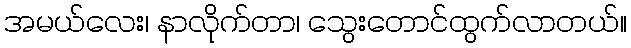
အမယ်လေး၊ နာလိုက်တာ၊ သွေးတောင်ထွက်လာတယ်။